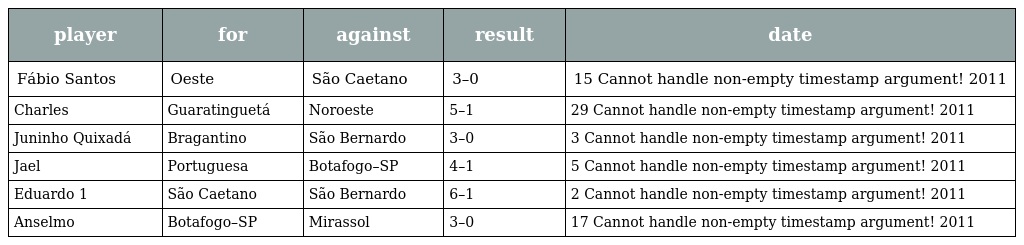
| player | for | against | result | date |
 | --- | --- | --- | --- | --- |
 | Fábio Santos | Oeste | São Caetano | 3–0 | 15 Cannot handle non-empty timestamp argument! 2011 |
 | Charles | Guaratinguetá | Noroeste | 5–1 | 29 Cannot handle non-empty timestamp argument! 2011 |
 | Juninho Quixadá | Bragantino | São Bernardo | 3–0 | 3 Cannot handle non-empty timestamp argument! 2011 |
 | Jael | Portuguesa | Botafogo–SP | 4–1 | 5 Cannot handle non-empty timestamp argument! 2011 |
 | Eduardo 1 | São Caetano | São Bernardo | 6–1 | 2 Cannot handle non-empty timestamp argument! 2011 |
 | Anselmo | Botafogo–SP | Mirassol | 3–0 | 17 Cannot handle non-empty timestamp argument! 2011 |